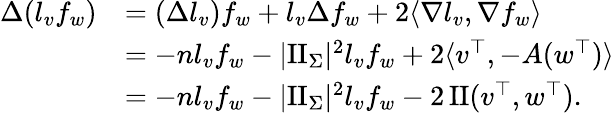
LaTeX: \begin{array}{rl}{\Delta(l_{v}f_{w})}&{=(\Delta l_{v})f_{w}+l_{v}\Delta f_{w}+2\langle\nabla l_{v},\nabla f_{w}\rangle}\\ &{=-nl_{v}f_{w}-|\mathrm{II}_{\Sigma}|^{2}l_{v}f_{w}+2\langle v^{\top},-A(w^{\top})\rangle}\\ &{=-nl_{v}f_{w}-|\mathrm{II}_{\Sigma}|^{2}l_{v}f_{w}-2\, \mathrm{II}(v^{\top},w^{\top}).}\end{array}